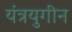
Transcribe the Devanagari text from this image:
यंत्रयुगीन